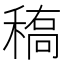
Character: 𰨱